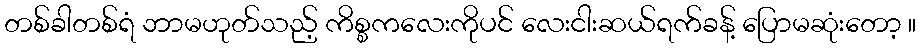
တစ်ခါတစ်ရံ ဘာမဟုတ်သည့် ကိစ္စကလေးကိုပင် လေးငါးဆယ်ရက်ခန့် ပြောမဆုံးတော့ ။